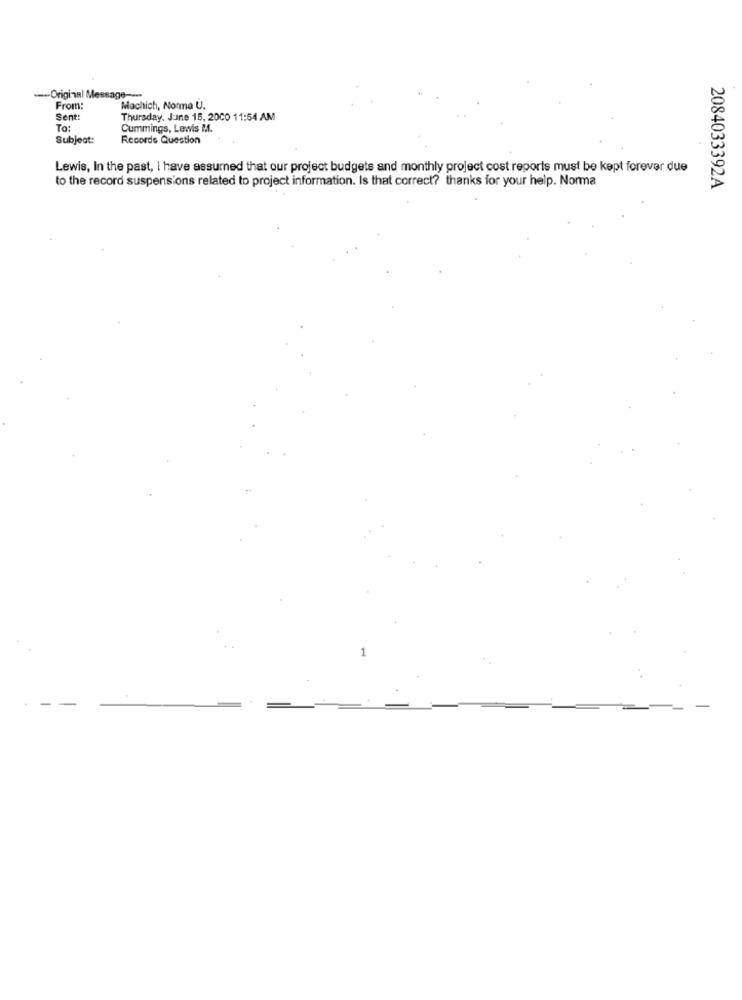
-- Original Message ---
From:
Machich, Norma U.
Sent:
Thursday, June 15, 2000 11:54 AM
To:
Cummings, Lewis M.
Subject:
Recorde Question
Lewis, In the past, I have assumed that our project budgets and monthly project cost reports must be kept forever due
to the record suspensions related to project information. Is that correct? thanks for your help. Norma
2084033392A